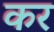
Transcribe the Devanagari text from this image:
कर